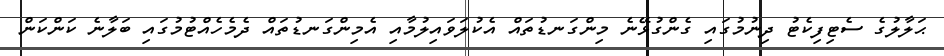
ޙަލާލުގެ ސެޓިފިކެޓު ދިނުމުގައި ގެންގުޅޭނެ މިންގަނޑުތައް އެކުލަވައިލުމާއި އެމިންގަނޑުތައް ދެމެހެއްޓުމުގައި ބަލާނެ ކަންކަން